Document type: Confirmation
Year: 1374
Scribe: Ramon Camat
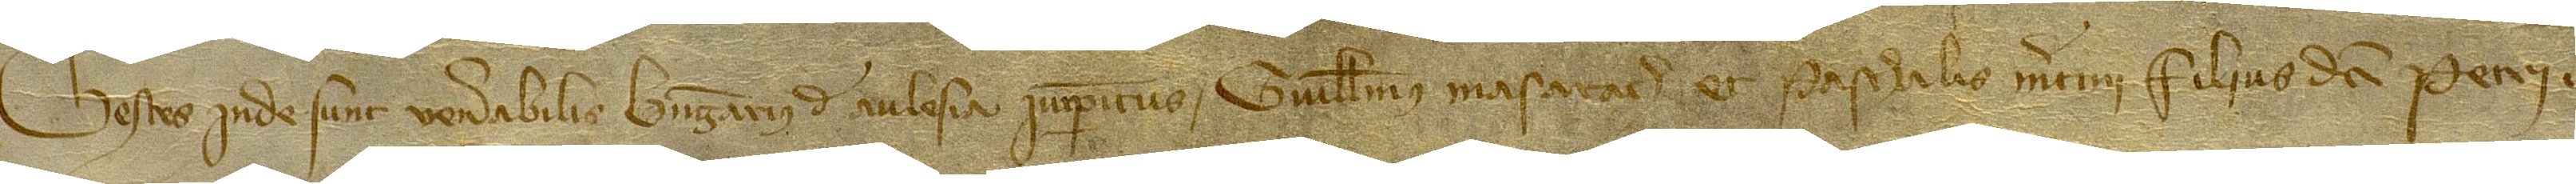
Testes inde sunt: venerabilis Berengarius de Aulesia, iurisperitus, Guillelmus Mascarach et Paschalis Martini, filius dicti Petri.